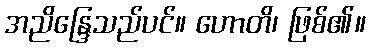
အညိန္ဒြေသည်ပင်။ ဟောတိ၊ ဖြစ်၏။